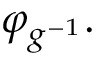
\varphi _ { g ^ { - 1 } } .